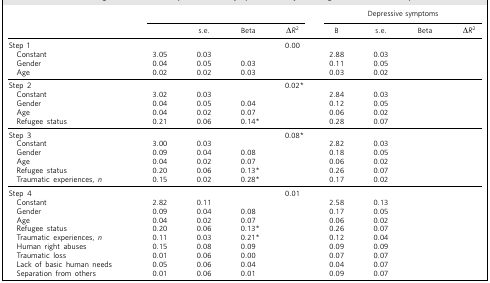
<table><thead><tr><td>[EMPTY_CELL]</td><td colspan="4">[EMPTY_CELL]</td><td colspan="4"><b>Depressive symptoms</b></td></tr><tr><td>[EMPTY_CELL]</td><td>[EMPTY_CELL]</td><td><b>s.e.</b></td><td><b>Beta</b></td><td><b>Δ<i>R</i><sup>2</sup></b></td><td><b>B</b></td><td><b>s.e.</b></td><td><b>Beta</b></td><td><b>Δ<i>R</i><sup>2</sup></b></td></tr></thead><tbody><tr><td>Step 1</td><td>[EMPTY_CELL]</td><td>[EMPTY_CELL]</td><td>[EMPTY_CELL]</td><td>0.00</td><td>[EMPTY_CELL]</td><td>[EMPTY_CELL]</td><td>[EMPTY_CELL]</td><td>[EMPTY_CELL]</td></tr><tr><td>Constant</td><td>3.05</td><td>0.03</td><td>[EMPTY_CELL]</td><td>[EMPTY_CELL]</td><td>2.88</td><td>0.03</td><td>[EMPTY_CELL]</td><td>[EMPTY_CELL]</td></tr><tr><td>Gender</td><td>0.04</td><td>0.05</td><td>0.03</td><td>[EMPTY_CELL]</td><td>0.11</td><td>0.05</td><td>[EMPTY_CELL]</td><td>[EMPTY_CELL]</td></tr><tr><td>Age</td><td>0.02</td><td>0.02</td><td>0.03</td><td>[EMPTY_CELL]</td><td>0.03</td><td>0.02</td><td>[EMPTY_CELL]</td><td>[EMPTY_CELL]</td></tr><tr><td>Step 2</td><td>[EMPTY_CELL]</td><td>[EMPTY_CELL]</td><td>[EMPTY_CELL]</td><td>0.02*</td><td>[EMPTY_CELL]</td><td>[EMPTY_CELL]</td><td>[EMPTY_CELL]</td><td>[EMPTY_CELL]</td></tr><tr><td>Constant</td><td>3.02</td><td>0.03</td><td>[EMPTY_CELL]</td><td>[EMPTY_CELL]</td><td>2.84</td><td>0.03</td><td>[EMPTY_CELL]</td><td>[EMPTY_CELL]</td></tr><tr><td>Gender</td><td>0.04</td><td>0.05</td><td>0.04</td><td>[EMPTY_CELL]</td><td>0.12</td><td>0.05</td><td>[EMPTY_CELL]</td><td>[EMPTY_CELL]</td></tr><tr><td>Age</td><td>0.04</td><td>0.02</td><td>0.07</td><td>[EMPTY_CELL]</td><td>0.06</td><td>0.02</td><td>[EMPTY_CELL]</td><td>[EMPTY_CELL]</td></tr><tr><td>Refugee status</td><td>0.21</td><td>0.06</td><td>0.14*</td><td>[EMPTY_CELL]</td><td>0.28</td><td>0.07</td><td>[EMPTY_CELL]</td><td>[EMPTY_CELL]</td></tr><tr><td>Step 3</td><td>[EMPTY_CELL]</td><td>[EMPTY_CELL]</td><td>[EMPTY_CELL]</td><td>0.08*</td><td>[EMPTY_CELL]</td><td>[EMPTY_CELL]</td><td>[EMPTY_CELL]</td><td>[EMPTY_CELL]</td></tr><tr><td>Constant</td><td>3.00</td><td>0.03</td><td>[EMPTY_CELL]</td><td>[EMPTY_CELL]</td><td>2.82</td><td>0.03</td><td>[EMPTY_CELL]</td><td>[EMPTY_CELL]</td></tr><tr><td>Gender</td><td>0.09</td><td>0.04</td><td>0.08</td><td>[EMPTY_CELL]</td><td>0.18</td><td>0.05</td><td>[EMPTY_CELL]</td><td>[EMPTY_CELL]</td></tr><tr><td>Age</td><td>0.04</td><td>0.02</td><td>0.07</td><td>[EMPTY_CELL]</td><td>0.06</td><td>0.02</td><td>[EMPTY_CELL]</td><td>[EMPTY_CELL]</td></tr><tr><td>Refugee status</td><td>0.20</td><td>0.06</td><td>0.13*</td><td>[EMPTY_CELL]</td><td>0.26</td><td>0.07</td><td>[EMPTY_CELL]</td><td>[EMPTY_CELL]</td></tr><tr><td>Traumatic experiences, <i>n</i></td><td>0.15</td><td>0.02</td><td>0.28*</td><td>[EMPTY_CELL]</td><td>0.17</td><td>0.02</td><td>[EMPTY_CELL]</td><td>[EMPTY_CELL]</td></tr><tr><td>Step 4</td><td>[EMPTY_CELL]</td><td>[EMPTY_CELL]</td><td>[EMPTY_CELL]</td><td>0.01</td><td>[EMPTY_CELL]</td><td>[EMPTY_CELL]</td><td>[EMPTY_CELL]</td><td>[EMPTY_CELL]</td></tr><tr><td>Constant</td><td>2.82</td><td>0.11</td><td>[EMPTY_CELL]</td><td>[EMPTY_CELL]</td><td>2.58</td><td>0.13</td><td>[EMPTY_CELL]</td><td>[EMPTY_CELL]</td></tr><tr><td>Gender</td><td>0.09</td><td>0.04</td><td>0.08</td><td>[EMPTY_CELL]</td><td>0.17</td><td>0.05</td><td>[EMPTY_CELL]</td><td>[EMPTY_CELL]</td></tr><tr><td>Age</td><td>0.04</td><td>0.02</td><td>0.07</td><td>[EMPTY_CELL]</td><td>0.06</td><td>0.02</td><td>[EMPTY_CELL]</td><td>[EMPTY_CELL]</td></tr><tr><td>Refugee status</td><td>0.20</td><td>0.06</td><td>0.13*</td><td>[EMPTY_CELL]</td><td>0.26</td><td>0.07</td><td>[EMPTY_CELL]</td><td>[EMPTY_CELL]</td></tr><tr><td>Traumatic experiences, <i>n</i></td><td>0.11</td><td>0.03</td><td>0.21*</td><td>[EMPTY_CELL]</td><td>0.12</td><td>0.04</td><td>[EMPTY_CELL]</td><td>[EMPTY_CELL]</td></tr><tr><td>Human right abuses</td><td>0.15</td><td>0.08</td><td>0.09</td><td>[EMPTY_CELL]</td><td>0.09</td><td>0.09</td><td>[EMPTY_CELL]</td><td>[EMPTY_CELL]</td></tr><tr><td>Traumatic loss</td><td>0.01</td><td>0.06</td><td>0.00</td><td>[EMPTY_CELL]</td><td>0.07</td><td>0.07</td><td>[EMPTY_CELL]</td><td>[EMPTY_CELL]</td></tr><tr><td>Lack of basic human needs</td><td>0.05</td><td>0.06</td><td>0.04</td><td>[EMPTY_CELL]</td><td>0.04</td><td>0.07</td><td>[EMPTY_CELL]</td><td>[EMPTY_CELL]</td></tr><tr><td>Separation from others</td><td>0.01</td><td>0.06</td><td>0.01</td><td>[EMPTY_CELL]</td><td>0.09</td><td>0.07</td><td>[EMPTY_CELL]</td><td>[EMPTY_CELL]</td></tr></tbody></table>